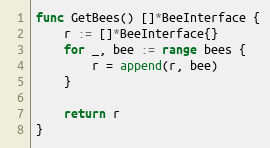
Language: Go
func GetBees() []*BeeInterface {
	r := []*BeeInterface{}
	for _, bee := range bees {
		r = append(r, bee)
	}

	return r
}